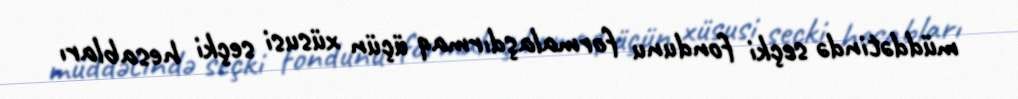
müddətində seçki fondunu formalaşdırmaq üçün xüsusi seçki hesabları